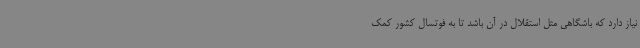
نیاز دارد که باشگاهی مثل استقلال در آن باشد تا به فوتسال کشور کمک